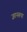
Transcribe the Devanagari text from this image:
ज्ञानरूपा